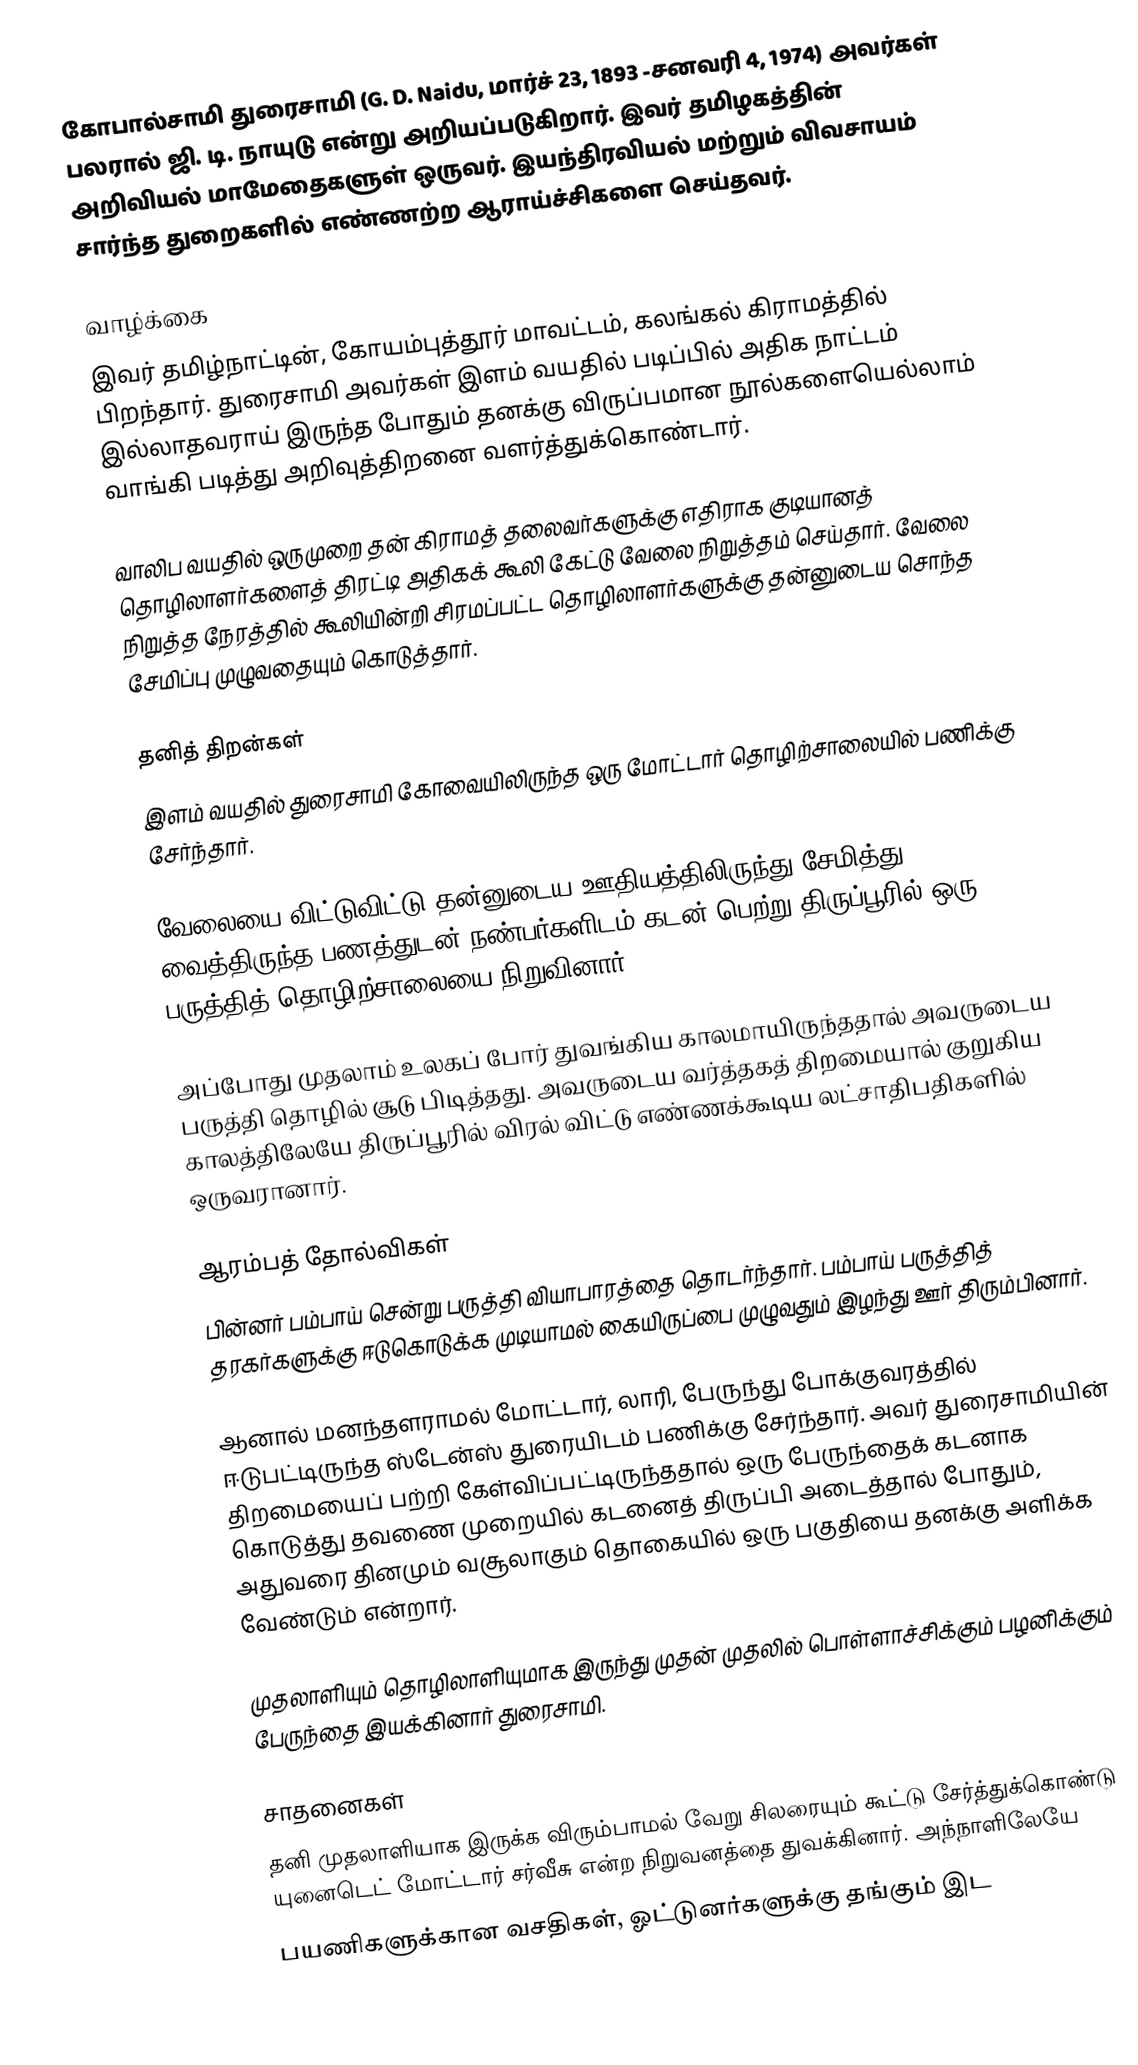
கோபால்சாமி துரைசாமி (G. D. Naidu, மார்ச் 23, 1893 -சனவரி 4, 1974) அவர்கள் பலரால் ஜி. டி. நாயுடு என்று அறியப்படுகிறார். இவர்  தமிழகத்தின் அறிவியல் மாமேதைகளுள் ஒருவர். இயந்திரவியல் மற்றும்  விவசாயம் சார்ந்த துறைகளில் எண்ணற்ற ஆராய்ச்சிகளை செய்தவர்.

வாழ்க்கை
இவர் தமிழ்நாட்டின், கோயம்புத்தூர் மாவட்டம், கலங்கல் கிராமத்தில் பிறந்தார். துரைசாமி அவர்கள் இளம் வயதில் படிப்பில் அதிக நாட்டம் இல்லாதவராய் இருந்த போதும் தனக்கு விருப்பமான நூல்களையெல்லாம் வாங்கி படித்து அறிவுத்திறனை வளர்த்துக்கொண்டார்.

வாலிப வயதில் ஒருமுறை தன் கிராமத் தலைவர்களுக்கு எதிராக குடியானத் தொழிலாளர்களைத் திரட்டி அதிகக் கூலி கேட்டு வேலை நிறுத்தம் செய்தார். வேலை நிறுத்த நேரத்தில் கூலியின்றி சிரமப்பட்ட தொழிலாளர்களுக்கு தன்னுடைய சொந்த சேமிப்பு முழுவதையும் கொடுத்தார்.

தனித் திறன்கள்
இளம் வயதில் துரைசாமி கோவையிலிருந்த ஒரு மோட்டார் தொழிற்சாலையில் பணிக்கு சேர்ந்தார்.

வேலையை விட்டுவிட்டு தன்னுடைய ஊதியத்திலிருந்து சேமித்து வைத்திருந்த பணத்துடன் நண்பர்களிடம் கடன் பெற்று திருப்பூரில் ஒரு பருத்தித் தொழிற்சாலையை நிறுவினார்.

அப்போது முதலாம் உலகப் போர் துவங்கிய காலமாயிருந்ததால் அவருடைய பருத்தி தொழில் சூடு பிடித்தது. அவருடைய வர்த்தகத் திறமையால்  குறுகிய காலத்திலேயே திருப்பூரில் விரல் விட்டு எண்ணக்கூடிய லட்சாதிபதிகளில் ஒருவரானார்.

ஆரம்பத் தோல்விகள்
பின்னர் பம்பாய் சென்று பருத்தி வியாபாரத்தை தொடர்ந்தார். பம்பாய் பருத்தித் தரகர்களுக்கு ஈடுகொடுக்க முடியாமல் கையிருப்பை முழுவதும் இழந்து ஊர் திரும்பினார்.

ஆனால் மனந்தளராமல் மோட்டார், லாரி, பேருந்து போக்குவரத்தில் ஈடுபட்டிருந்த ஸ்டேன்ஸ் துரையிடம் பணிக்கு சேர்ந்தார். அவர் துரைசாமியின்  திறமையைப் பற்றி கேள்விப்பட்டிருந்ததால் ஒரு பேருந்தைக் கடனாக கொடுத்து தவணை முறையில் கடனைத் திருப்பி அடைத்தால் போதும், அதுவரை தினமும் வசூலாகும் தொகையில் ஒரு பகுதியை தனக்கு அளிக்க வேண்டும் என்றார்.

முதலாளியும் தொழிலாளியுமாக இருந்து முதன் முதலில் பொள்ளாச்சிக்கும் பழனிக்கும் பேருந்தை இயக்கினார் துரைசாமி.

சாதனைகள்
தனி முதலாளியாக இருக்க விரும்பாமல் வேறு சிலரையும் கூட்டு சேர்த்துக்கொண்டு யுனைடெட் மோட்டார் சர்வீசு என்ற நிறுவனத்தை துவக்கினார். அந்நாளிலேயே
பயணிகளுக்கான வசதிகள், ஓட்டுனர்களுக்கு தங்கும் இட